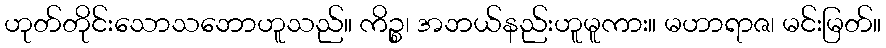
ဟုတ်တိုင်းသောသဘောဟူသည်။ ကိဉ္စ၊ အဘယ်နည်းဟူမူကား။ မဟာရာဇ၊ မင်းမြတ်။